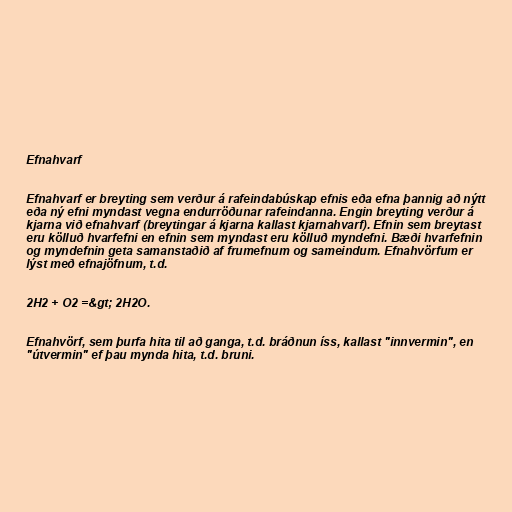
Efnahvarf

Efnahvarf er breyting sem verður á rafeindabúskap efnis eða efna þannig að nýtt
eða ný efni myndast vegna endurröðunar rafeindanna. Engin breyting verður á
kjarna við efnahvarf (breytingar á kjarna kallast kjarnahvarf). Efnin sem breytast
eru kölluð hvarfefni en efnin sem myndast eru kölluð myndefni. Bæði hvarfefnin
og myndefnin geta samanstaðið af frumefnum og sameindum. Efnahvörfum er
lýst með efnajöfnum, t.d.

2H2 + O2 =&gt; 2H2O.

Efnahvörf, sem þurfa hita til að ganga, t.d. bráðnun íss, kallast "innvermin", en
"útvermin" ef þau mynda hita, t.d. bruni.